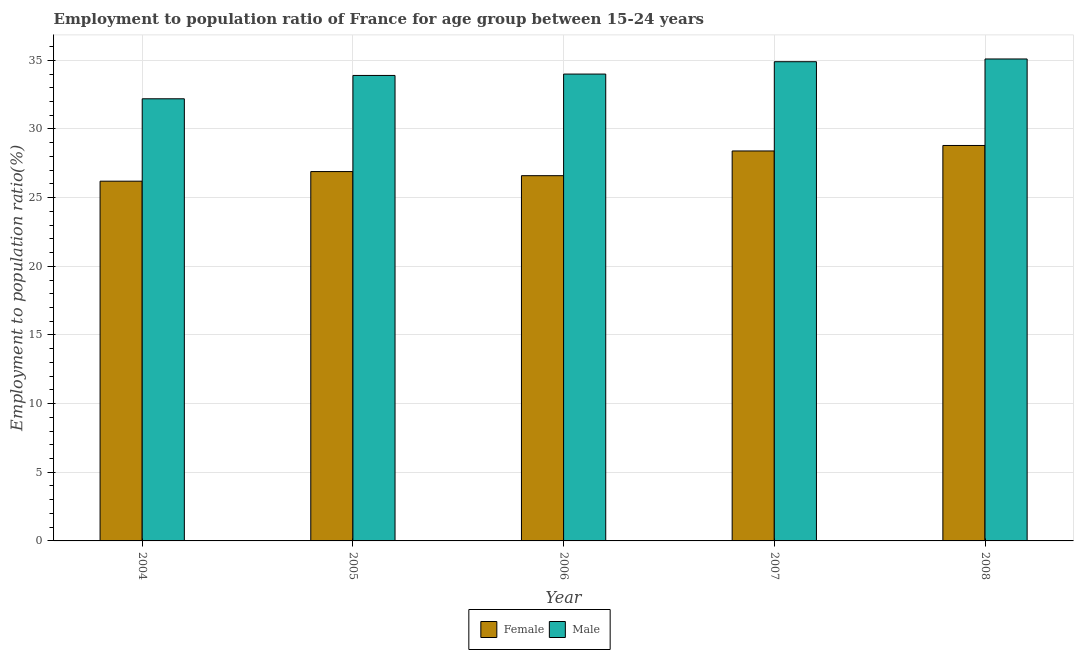
| Year | Female | Male |
 | --- | --- | --- |
 | 2004 | 26.2 | 32.2 |
 | 2005 | 26.9 | 33.9 |
 | 2006 | 26.6 | 34 |
 | 2007 | 28.4 | 34.9 |
 | 2008 | 28.8 | 35.1 |